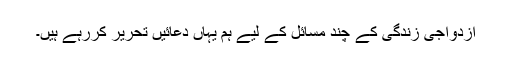
ازدواجی زندگی کے چند مسائل کے لیے ہم یہاں دعائیں تحریر کررہے ہیں۔